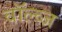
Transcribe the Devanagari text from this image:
वॉल्व्ज